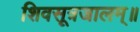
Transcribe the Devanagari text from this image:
शिवसूत्रजालम्॥